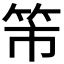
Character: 𥫴